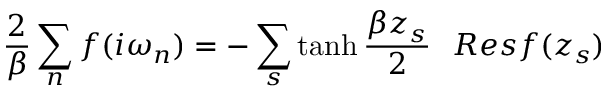
{ \frac { 2 } { \beta } } \sum _ { n } f ( i \omega _ { n } ) = - \sum _ { s } \operatorname { t a n h } { \frac { \beta z _ { s } } { 2 } } ~ ~ R e s f ( z _ { s } )